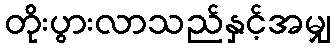
တိုးပွားလာသည်နှင့်အမျှ